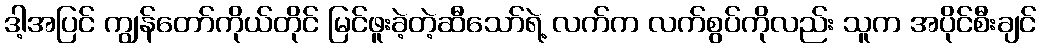
ဒါ့အပြင် ကျွန်တော်ကိုယ်တိုင် မြင်ဖူးခဲ့တဲ့ဆီသော်ရဲ့ လက်က လက်စွပ်ကိုလည်း သူက အပိုင်စီးချင်